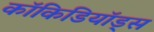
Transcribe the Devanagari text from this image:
कॉकिडियॉड्स